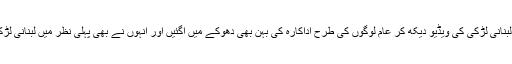
اقرا عزیز کی ہم شکل لبنانی لڑکی کی ویڈیو دیکھ کر عام لوگوں کی طرح اداکارہ کی بہن بھی دھوکے میں آگئیں اور انہوں نے بھی پہلی نظر میں لبنانی لڑکی کو اپنی بہن سمجھا۔